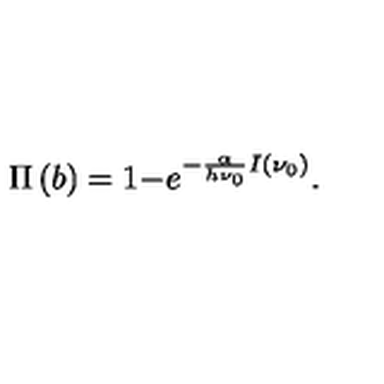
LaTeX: \qquad \qquad \qquad \qquad \qquad \quad \quad \quad \Pi \left( b \right) = 1 - e ^ { - \frac { \alpha } { h \nu _ { 0 } } I ( { \nu _ { 0 } } ) } . \qquad \qquad \qquad \qquad \qquad \qquad \quad \quad ( 8 ^ { \prime } )